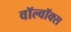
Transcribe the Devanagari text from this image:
वॉल्वॉक्स